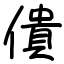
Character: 僓